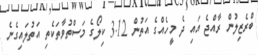
ބްރެޒިލުން ރާއްޖެ އައި ދެ މީހެއްގެ އަތުން 3.12 ކިލޯގެ މަސްތުވާތަކެތި އަތުލައިގެނެ